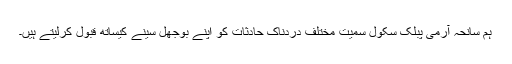
ہم سانحہ آرمی پبلک سکول سمیت مختلف دردناک حادثات کو اپنے بوجھل سینے کیساتھ قبول کرلیتے ہیں۔